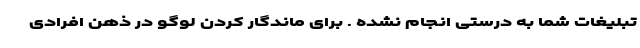
تبلیغات شما به درستی انجام نشده . برای ماندگار کردن لوگو در ذهن افرادی